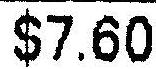
$7.60